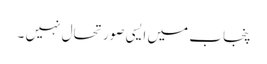
پنجاب میں ایسی صورتحال نہیں ۔